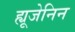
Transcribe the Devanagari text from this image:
ह्यूजेनिन